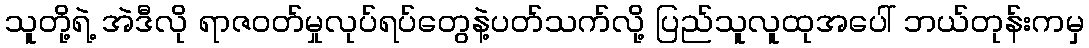
သူတို့ရဲ့ အဲဒီလို ရာဇဝတ်မှုလုပ်ရပ်တွေနဲ့ပတ်သက်လို့ ပြည်သူလူထုအပေါ် ဘယ်တုန်းကမှ